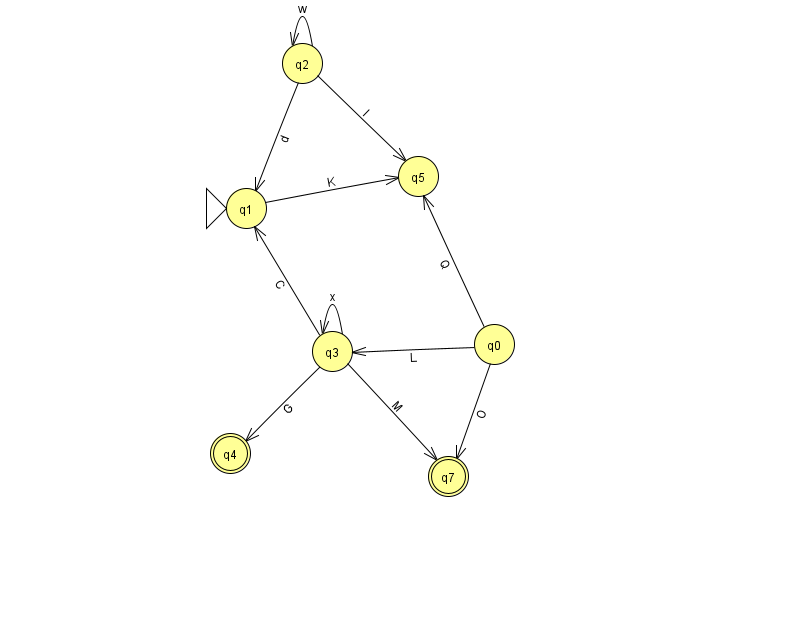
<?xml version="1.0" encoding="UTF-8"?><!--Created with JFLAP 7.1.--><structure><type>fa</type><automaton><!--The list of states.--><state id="0" name="q0"><x>494.0</x><y>331.0</y></state><state id="1" name="q1"><x>246.0</x><y>195.0</y><initial/></state><state id="2" name="q2"><x>302.0</x><y>50.0</y></state><state id="3" name="q3"><x>332.0</x><y>338.0</y></state><state id="4" name="q4"><x>230.0</x><y>440.0</y><final/></state><state id="5" name="q5"><x>418.0</x><y>163.0</y></state><state id="7" name="q7"><x>448.0</x><y>463.0</y><final/></state><!--The list of transitions.--><transition><from>0</from><to>5</to><read>Q</read></transition><transition><from>0</from><to>7</to><read>O</read></transition><transition><from>1</from><to>5</to><read>K</read></transition><transition><from>3</from><to>7</to><read>M</read></transition><transition><from>3</from><to>4</to><read>G</read></transition><transition><from>2</from><to>2</to><read>w</read></transition><transition><from>3</from><to>3</to><read>x</read></transition><transition><from>2</from><to>1</to><read>d</read></transition><transition><from>3</from><to>1</to><read>C</read></transition><transition><from>0</from><to>3</to><read>L</read></transition><transition><from>2</from><to>5</to><read>I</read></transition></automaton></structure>